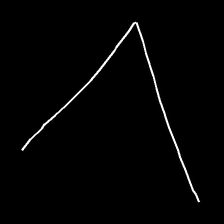
Glyph: region